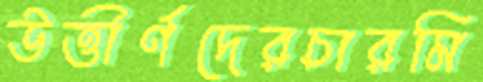
উত্তীর্ণদেরচারমি